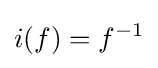
i(f)=f^{-1}